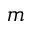
m